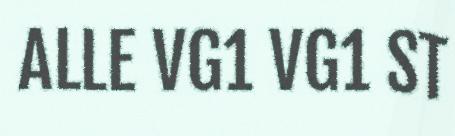
ALLE VG1 VG1 ST